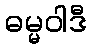
ဓမ္မဝါဒီ